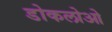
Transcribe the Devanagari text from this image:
डोकलोओ